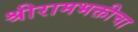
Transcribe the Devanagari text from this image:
श्रीरामभक्तीचा